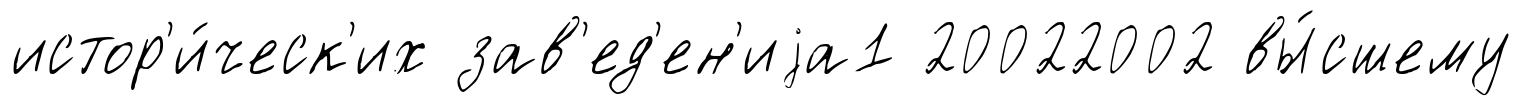
истор'и́ческ'их зав'ед'ен'иjа1 20022002 вы́сшему